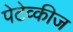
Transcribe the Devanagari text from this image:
पेटेव्कीज